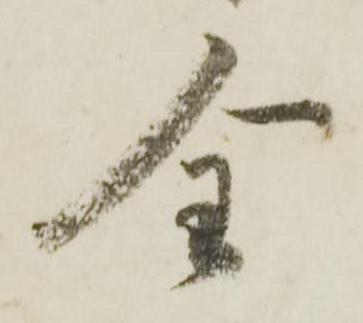
全